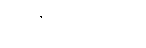
သံကိလေသဓမ္မံ